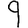
Digit: 9